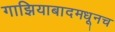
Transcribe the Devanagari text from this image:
गाझियाबादमधूनच